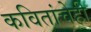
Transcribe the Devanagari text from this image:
कवितांचेही